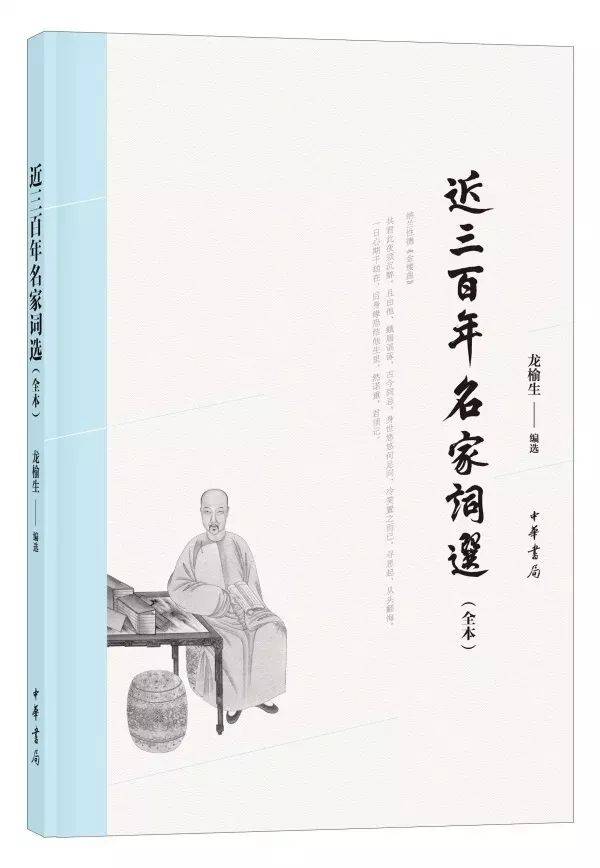
二客东南名胜，万卷诗书事业，尝试与君谋。